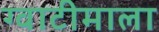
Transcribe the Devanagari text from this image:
ग्वाटीमाला